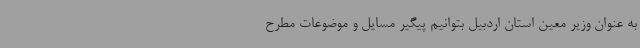
به عنوان وزیر معین استان اردبیل بتوانیم پیگیر مسایل و موضوعات مطرح